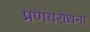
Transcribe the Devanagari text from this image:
प्रणयराधना